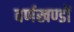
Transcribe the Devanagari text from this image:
वर्णखण्डों